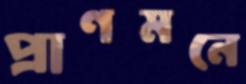
প্রাণমনে